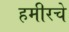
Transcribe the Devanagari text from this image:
हमीरचे